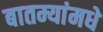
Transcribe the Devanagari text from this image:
बातम्यांमधे